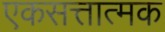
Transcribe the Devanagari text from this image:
एकसत्तात्मक